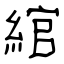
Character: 綰